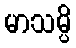
မာသမ္ပိ